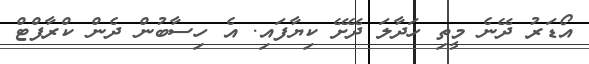
އޯޑަރު ދޭނެ މީތި ހަދާލަ ދޭށޭ ކިޔާފައި. އެ ހިސާބުން ދެން ކްރާފްޓް